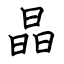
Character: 晶